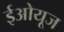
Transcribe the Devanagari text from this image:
ईओयूज